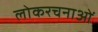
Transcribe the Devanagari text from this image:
लोकरचनाओं